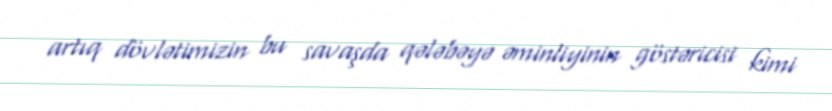
artıq dövlətimizin bu savaşda qələbəyə əminliyinin göstəricisi kimi